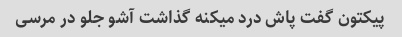
پیکتون گفت پاش درد میکنه گذاشت آشو جلو در مرسی